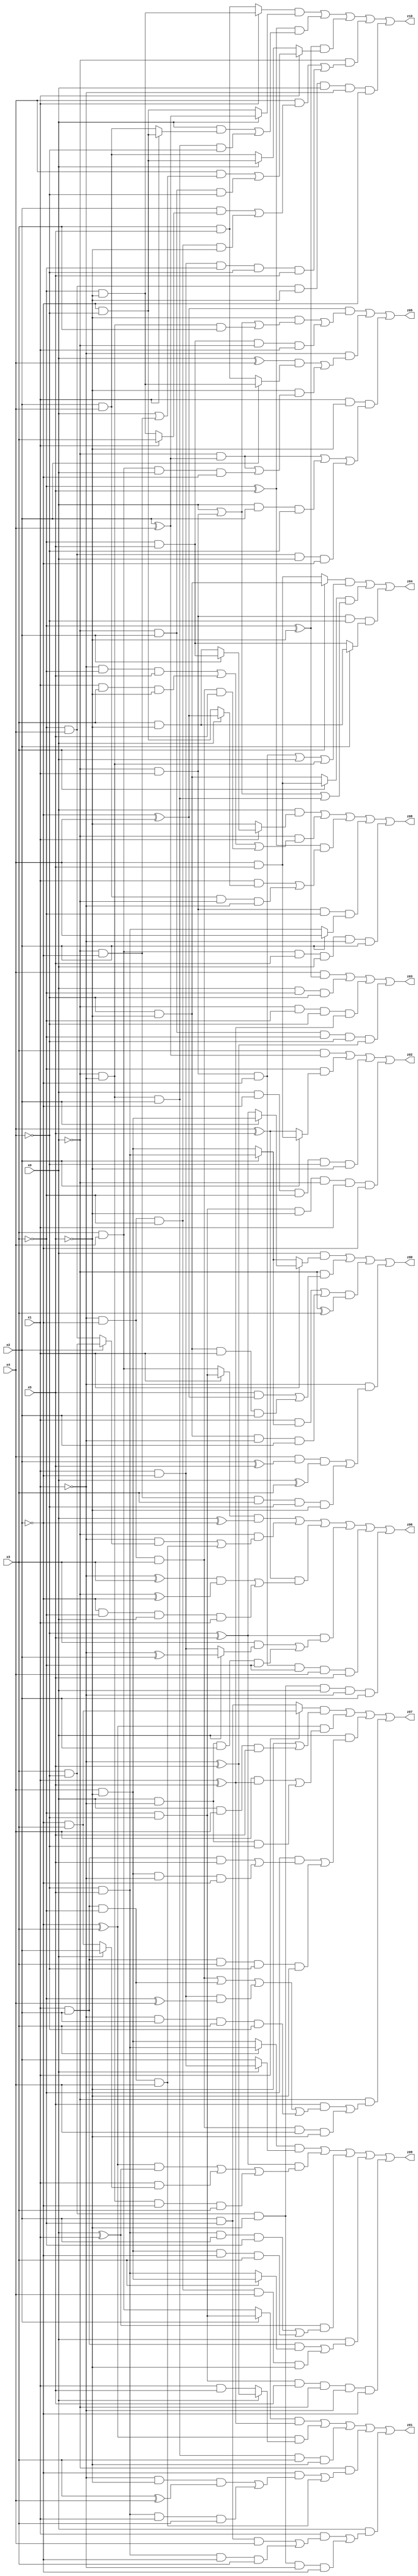
// Benchmark "X_67" written by ABC on Mon Jun 05 07:02:58 2023

module X_67 ( 
    x0, x1, x2, x3, x4, x5,
    z00, z01, z02, z03, z04, z05, z06, z07, z08, z09, z10  );
  input  x0, x1, x2, x3, x4, x5;
  output z00, z01, z02, z03, z04, z05, z06, z07, z08, z09, z10;
  assign z00 = (x0 & (x1 ? (x2 ? (x4 & ~x5) : (~x4 ^ x5)) : (x2 ? (~x4 & x5) : (x4 & ~x5)))) | (~x0 & ((x5 & (~x2 ^ x4)) | (~x4 & ~x5 & x1 & x2))) | (((x1 & (x2 ? (~x4 & x5) : (x4 & ~x5))) | (~x4 & ~x5 & ~x1 & x2)) & (~x0 ^ x3)) | (~x1 & ((x4 & (x2 ^ x5) & (x0 ^ x3)) | (~x0 & ~x2 & x3 & ~x4 & ~x5)));
  assign z01 = ((x2 ? (~x3 & ~x4) : (x3 & x4)) & (x1 ^ x5)) | ((~x2 ^ x3) & (x0 ? (~x1 ^ x5) : (x1 & x5))) | (~x0 & ~x1 & x2 & x3 & ~x5) | (~x0 & ((~x2 & ((~x1 & ~x5 & (x3 ^ x4)) | (~x4 & x5 & x1 & x3))) | (x1 & x2 & ~x3 & x4))) | (x0 & ((x1 & ((x2 & ~x3 & x4) | (~x4 & x5 & ~x2 & x3))) | (x3 & ~x4 & ~x5 & ~x1 & ~x2)));
  assign z02 = (x3 & (x2 ^ x4)) | (~x3 & (x2 ? (x4 & x5) : (x4 ^ x5))) | (x0 & ~x2 & ~x3 & ~x4 & ~x5) | (~x3 & ~x4 & ~x5 & ~x0 & x1 & ~x2);
  assign z03 = (x4 & (~x3 ^ ~x5)) | (x0 & ~x3 & ~x4) | (~x0 & ~x3 & ~x4 & (x1 ^ x5)) | (~x0 & x2 & ~x3 & ~x4 & (~x1 ^ x5));
  assign z04 = ((x3 ? (~x4 & ~x5) : (x4 & x5)) & ((~x0 & x1 & ~x2) | x0 | (~x0 & ~x1))) | ((x3 ? (x4 & x5) : (~x4 & ~x5)) & (x0 | (~x0 & x1) | (~x0 & ~x1 & x2))) | (~x0 & x1 & ~x4 & (x2 ? (x3 & ~x5) : (~x3 & x5)));
  assign z05 = ((~x2 ^ x4) & ((~x5 & (x0 | (~x0 & x1) | (~x0 & ~x1 & x3))) | (~x3 & x5 & ~x0 & x1))) | (~x1 & (((x0 ^ x4) & (x2 ? (~x3 & ~x5) : (x3 & x5))) | (~x5 & ((~x0 & (x2 ^ x4)) | (x3 & x4 & x0 & ~x2))))) | (x1 & ~x5 & ((~x0 & (x2 ^ x4)) | (x0 & x2 & ~x4) | (~x3 & x4 & x0 & ~x2)));
  assign z06 = ((x1 ? (~x3 & ~x4) : (x3 & x4)) & (x0 ^ ~x2)) | (~x0 & ((~x1 & (x2 ? (x3 & ~x4) : (~x3 & x4))) | (x1 & x2 & ~x3 & x4))) | ((x4 ^ x5) & (((~x1 ^ x3) & (~x0 ^ ~x2)) | (~x2 & ~x3 & x0 & x1))) | ((~x4 ^ x5) & ((x3 & (x0 ? (~x1 ^ x2) : (x1 & ~x2))) | (x0 & ~x1 & x2 & ~x3))) | (~x0 & x1 & ~x2 & ~x3 & x4 & x5) | (x3 & ~x4 & ~x5 & x0 & ~x1 & x2);
  assign z07 = ((x1 ? (~x2 & x3) : (x2 & ~x3)) & (~x5 | (x0 & x4 & x5))) | ((~x2 ^ x3) & ((x4 & (x1 ^ x5)) | (x0 & ~x1 & ~x4))) | (x0 & ((~x3 & ((x1 & x2 & x5) | (x4 & ~x5 & ~x1 & ~x2))) | (x1 & x2 & x3 & ~x4 & ~x5))) | (~x0 & ((x5 & ((~x1 & ~x2 & x3) | (x1 & x2 & ~x3) | (x1 & ~x2 & (~x3 ^ x4)) | (~x1 & x2 & x3 & ~x4))) | (~x1 & ~x2 & x3 & x4 & ~x5)));
  assign z08 = (x0 & (x1 ? (x2 ? (~x3 & x5) : (x3 & ~x5)) : ~x5)) | (~x0 & ((~x1 & ~x3 & x5) | (x1 & x3 & ~x5) | (~x1 & ~x2 & x3 & x5))) | ((~x3 ^ x5) & ((x1 & (x0 ? (~x2 ^ x4) : (~x2 & ~x4))) | (x2 & x4 & ~x0 & ~x1))) | (~x0 & x1 & ~x3 & (x2 ? x4 : (~x4 & x5))) | (x3 & x4 & x5 & x0 & ~x1 & x2);
  assign z09 = ((x3 ? (~x4 & x5) : (x4 & ~x5)) & (x0 ? (x1 & ~x2) : x2)) | ((~x4 ^ x5) & (((~x2 ^ x3) & (x0 ^ x1)) | (x1 & (x0 ? x2 : (~x2 & x3))) | (~x0 & ~x1 & ~x2 & x3))) | ((x0 ^ x1) & ((~x4 & x5 & x2 & ~x3) | (x4 & ~x5 & ~x2 & x3))) | (x0 & ((x1 & x2 & (x3 ? (x4 & ~x5) : (~x4 & x5))) | (~x1 & ~x2 & ~x3 & x4 & ~x5))) | (~x3 & ~x4 & x5 & ~x0 & ~x1 & ~x2);
  assign z10 = ((x1 ? (~x3 & ~x5) : (x3 & x5)) & (x0 ? (x2 ^ x4) : (~x2 & ~x4))) | ((~x3 ^ x5) & ((x0 & (x1 ? (~x2 & ~x4) : (x2 & x4))) | (~x0 & ~x1 & x2 & ~x4))) | ((~x3 ^ ~x5) & (x1 ? ((x4 & (x0 | (~x0 & ~x2))) | (~x0 & x2 & ~x4)) : (x0 ? (~x2 & ~x4) : (x2 & x4)))) | (~x0 & ((x4 & ((x2 & (x1 ? x3 : (~x3 & ~x5))) | (~x1 & ~x2 & ~x3 & ~x5))) | (x1 & ~x2 & ~x3 & ~x4 & x5))) | (~x3 & x4 & ~x5 & x0 & ~x1 & ~x2);
endmodule